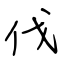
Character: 伐